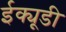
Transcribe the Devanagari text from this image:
ईक्यूडी